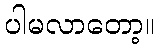
ပါမလာတော့။